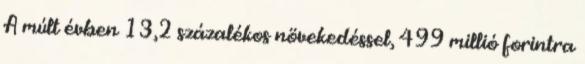
A múlt évben 13,2 százalékos növekedéssel, 499 millió forintra